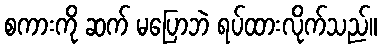
စကားကို ဆက် မပြောဘဲ ရပ်ထားလိုက်သည်။